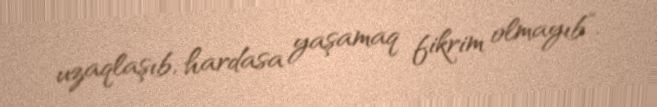
uzaqlaşıb, hardasa yaşamaq fikrim olmayıb”.